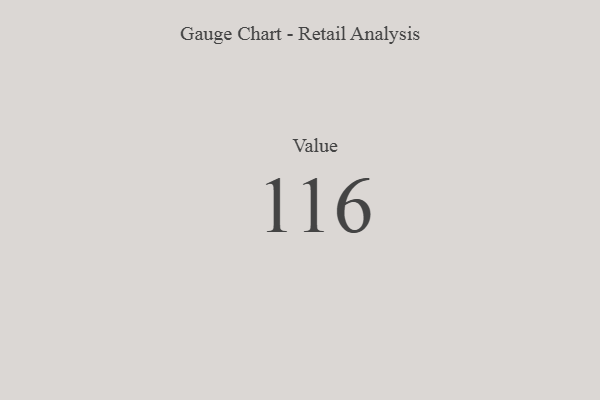
{"axis": {"x": "Metric", "y": "Value"}, "legend": [""], "data": [{"x": "Value", "y": 116, "type": ""}]}